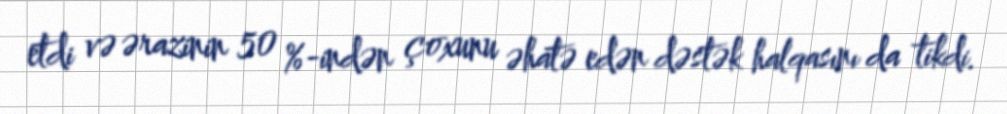
etdi və ərazinin 50 %-indən çoxunu əhatə edən dəstək halqasını da tikdi.